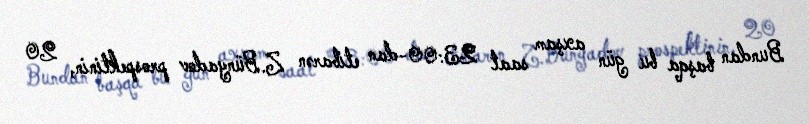
Bundan başqa bu gün axşam saat 23:00-dan etibarən Z.Bünyadov prospektinin, 20